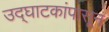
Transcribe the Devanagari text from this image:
उद्‌घाटकांपासून